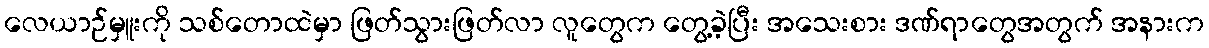
လေယာဉ်မှူးကို သစ်တောထဲမှာ ဖြတ်သွားဖြတ်လာ လူတွေက တွေ့ခဲ့ပြီး အသေးစား ဒဏ်ရာတွေအတွက် အနားက